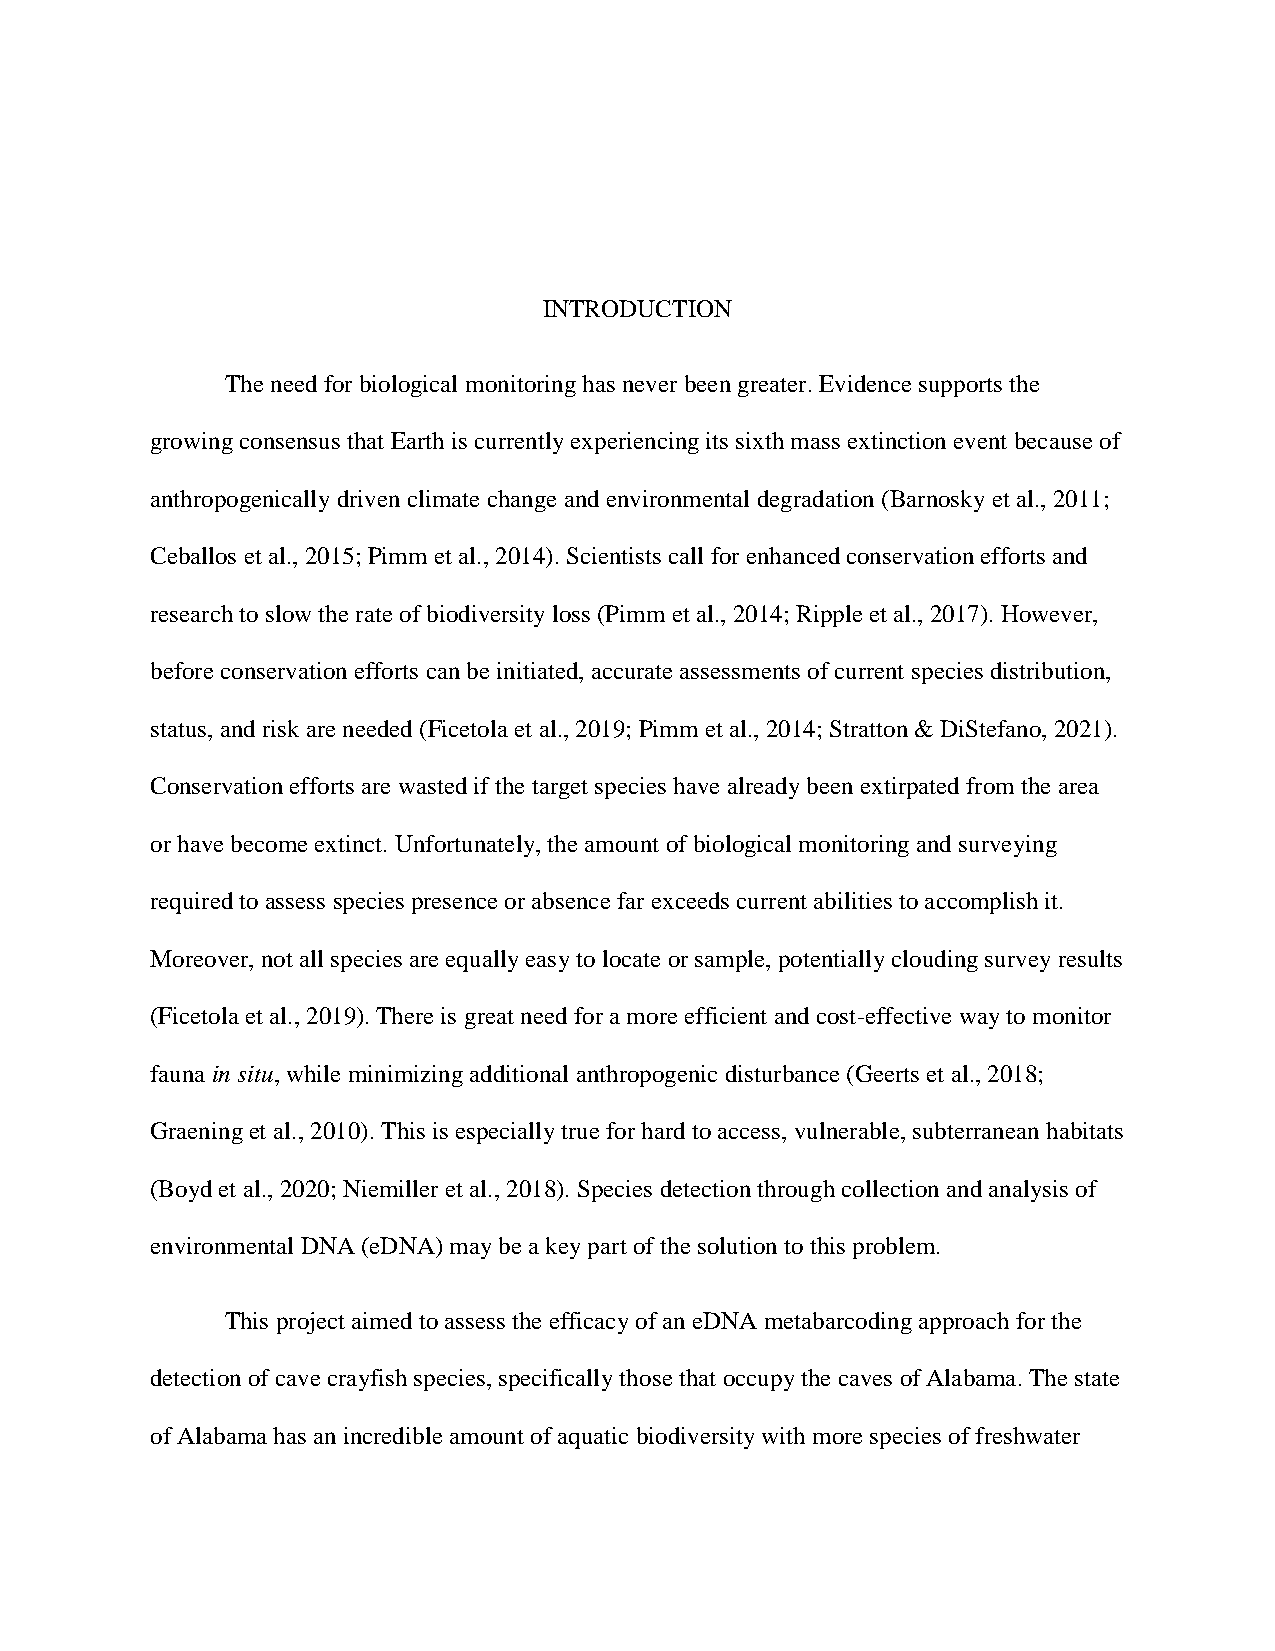
INTRODUCTION
 The need for biological monitoring has never been greater. Evidence supports the
 growing consensus that Earth is currently experiencing its sixth mass extinction event because of
 anthropogenically driven climate change and environmental degradation (Barnosky et al., 2011;
 Ceballos et al., 2015; Pimm et al., 2014). Scientists call for enhanced conservation efforts and
 research to slow the rate of biodiversity loss (Pimm et al., 2014; Ripple et al., 2017). However,
 before conservation efforts can be initiated, accurate assessments of current species distribution,
 status, and risk are needed (Ficetola et al., 2019; Pimm et al., 2014; Stratton & DiStefano, 2021).
 Conservation efforts are wasted if the target species have already been extirpated from the area
 or have become extinct. Unfortunately, the amount of biological monitoring and surveying
 required to assess species presence or absence far exceeds current abilities to accomplish it.
 Moreover, not all species are equally easy to locate or sample, potentially clouding survey results
 (Ficetola et al., 2019). There is great need for a more efficient and cost-effective way to monitor
 fauna in situ, while minimizing additional anthropogenic disturbance (Geerts et al., 2018;
 Graening et al., 2010). This is especially true for hard to access, vulnerable, subterranean habitats
 (Boyd et al., 2020; Niemiller et al., 2018). Species detection through collection and analysis of
 environmental DNA (eDNA) may be a key part of the solution to this problem.
 This project aimed to assess the efficacy of an eDNA metabarcoding approach for the
 detection of cave crayfish species, specifically those that occupy the caves of Alabama. The state
 of Alabama has an incredible amount of aquatic biodiversity with more species of freshwater